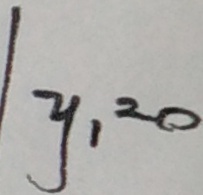
y _ { 1 } = 0